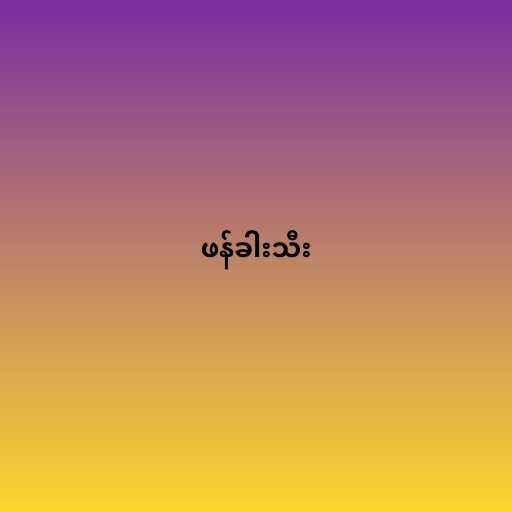
ဖန်ခါးသီး